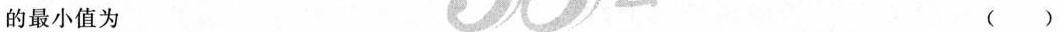
的最小值为 ()